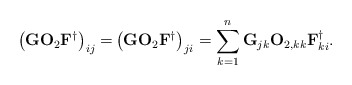
\begin{align*}\left(\mathbf{G}\mathbf{O}_2\mathbf{F}^{\dagger}\right)_{ij} = & \left(\mathbf{G}\mathbf{O}_2\mathbf{F}^{\dagger}\right)_{ji} = \sum_{k=1}^{n}\mathbf{G}_{jk}\mathbf{O}_{2,kk}\mathbf{F}^{\dagger}_{ki}.\end{align*}